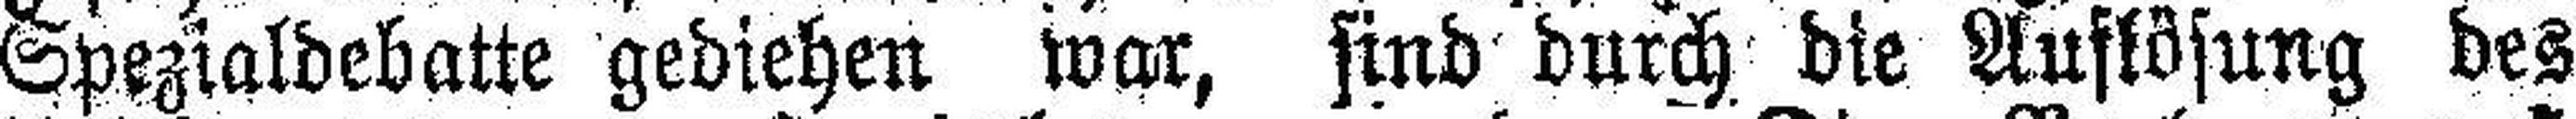
Spezialdebatte gediehen war, sind durch die Auslösung des